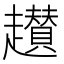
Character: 䟎